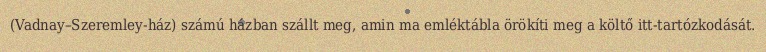
(Vadnay–Szeremley-ház) számú házban szállt meg, amin ma emléktábla örökíti meg a költő itt-tartózkodását.